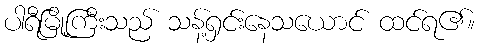
ပါရီမြို့ကြီးသည် သန့်ရှင်းနေသယောင် ထင်ရ၏။